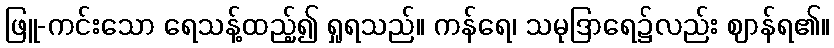
ဖြူ-ကင်းသော ရေသန့်ထည့်၍ ရှုရသည်။ ကန်ရေ၊ သမုဒြာရေ၌လည်း ဈာန်ရ၏။